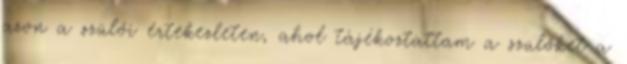
azon a szülői értekezleten, ahol tájékoztattam a szülőket a